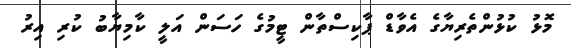
މޮޅު ކުޅުންތެރިޔާގެ އެވާޑް ޕާކިސްތާން ޓީމުގެ ހަސަން އަލީ ކާމިޔާބު ކުރި އިރު